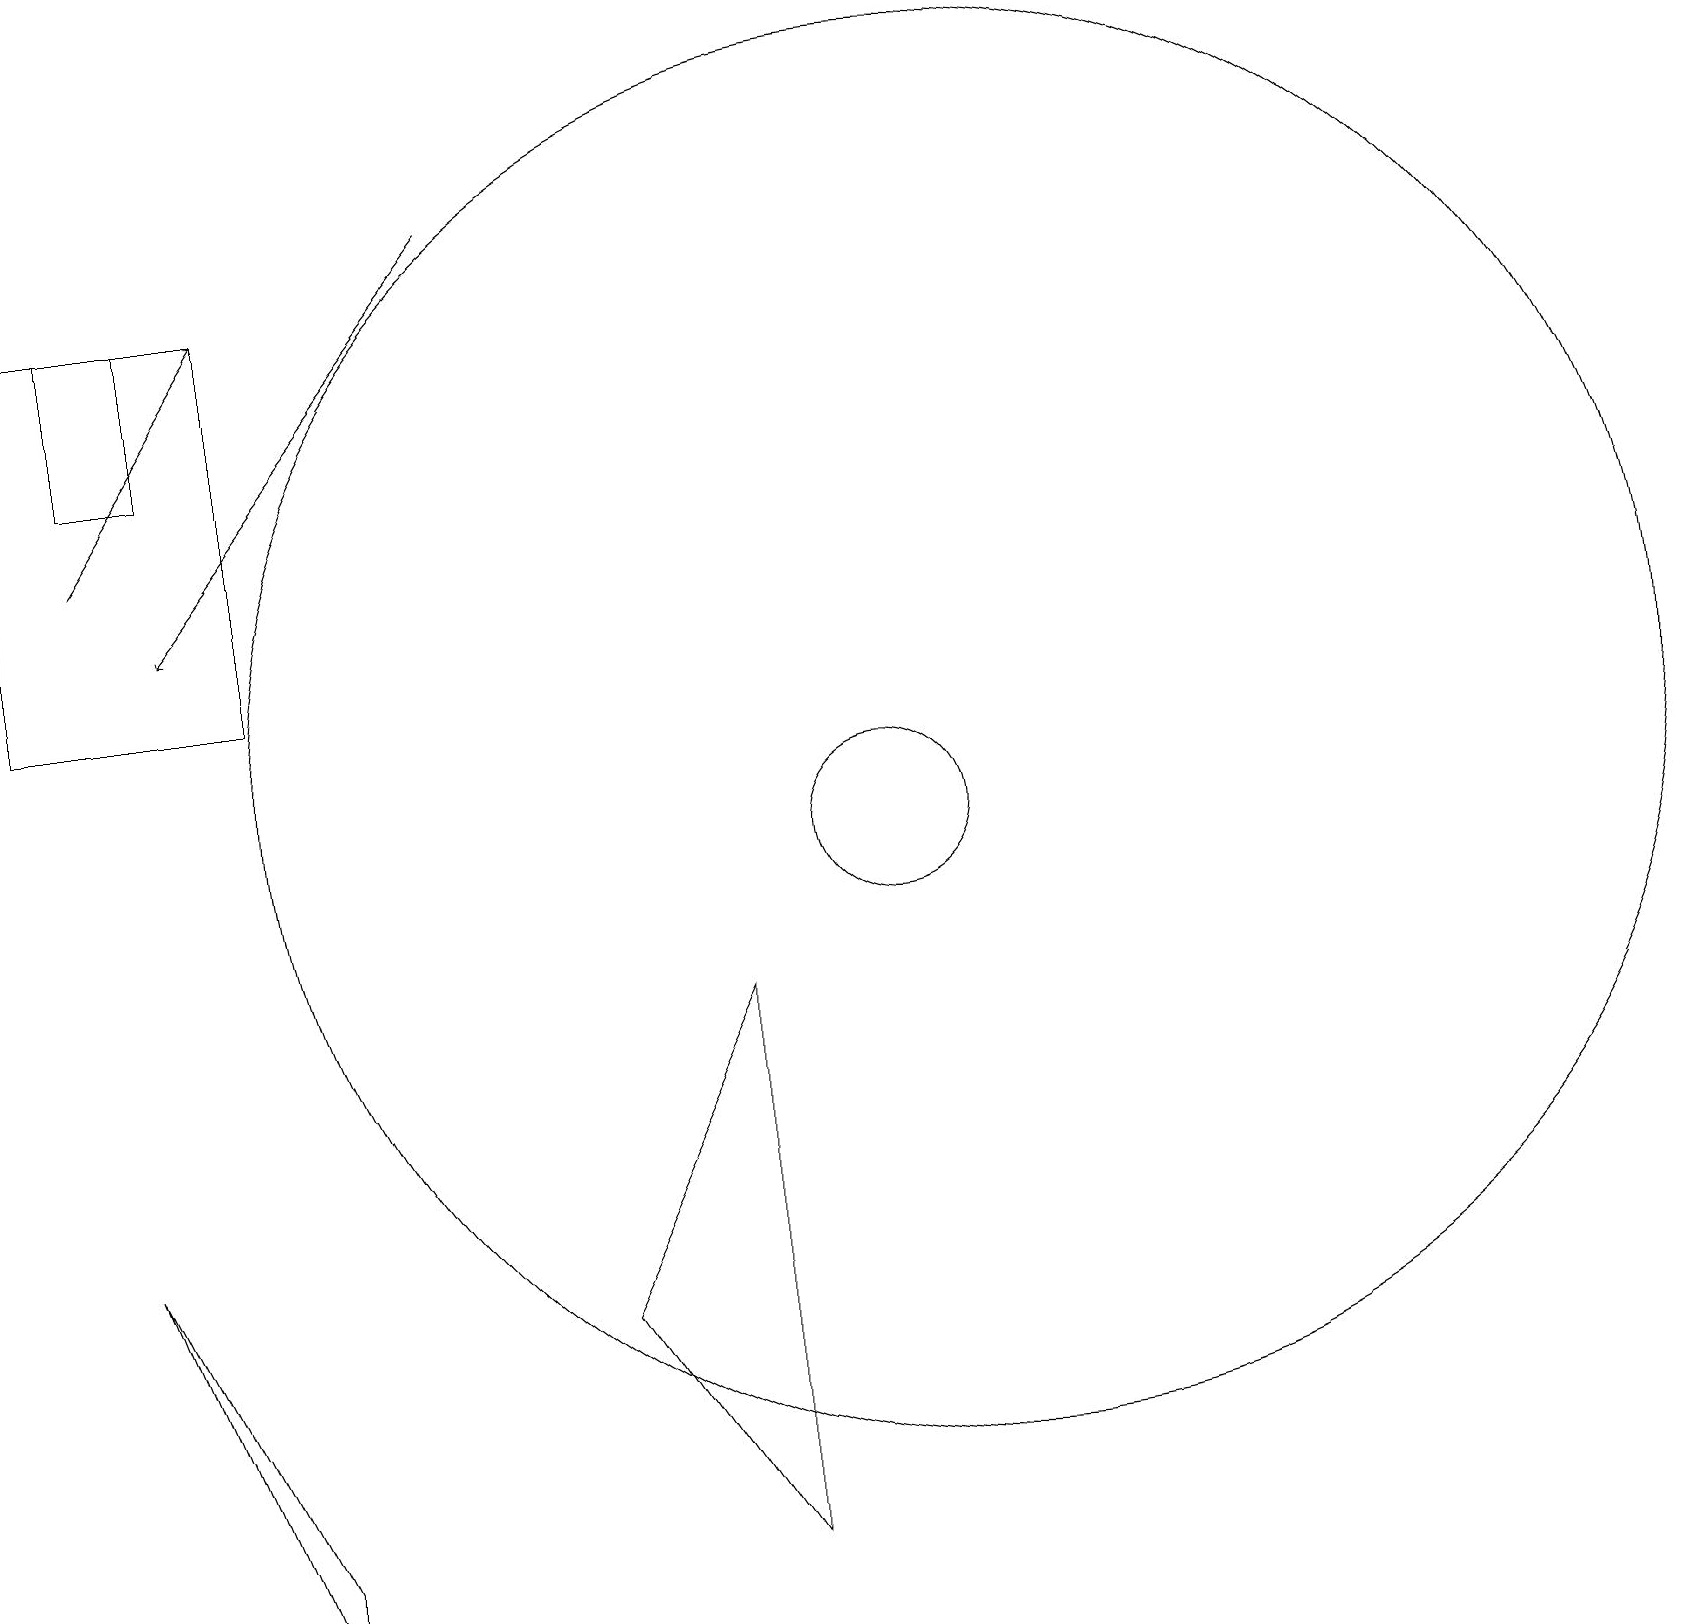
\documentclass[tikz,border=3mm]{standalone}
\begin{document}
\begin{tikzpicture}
\draw[->] (6,18) -- (2,13);
\draw[->] (1,14) -- (3,17);
\draw (3,17) rectangle (0,12);
\draw (11,10) circle (1);
\draw (3,0) -- (3,1) -- (1,5) -- cycle;
\draw (1,15) rectangle (2,17);
\draw (7,4) -- (9,8) -- (9,1) -- cycle;
\draw (12,11) circle (9);
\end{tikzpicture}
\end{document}